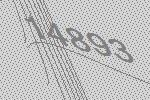
14893